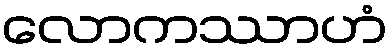
လောကဿာဟံ